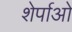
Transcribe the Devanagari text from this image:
शेर्पाओ